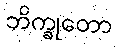
ဘိက္ခုတော